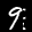
Label: 9